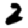
Digit: 2